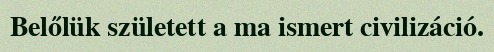
Belőlük született a ma ismert civilizáció.